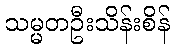
သမ္မတဦးသိန်းစိန်